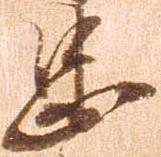
忠